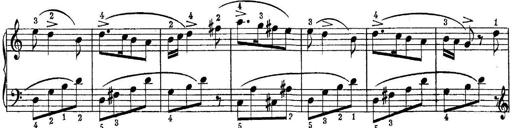
Title: Quatres sonatines
Composer: Tadeusz Joteyko